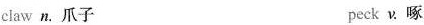
claw n. 爪子 peck v.啄